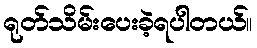
ရုတ်သိမ်းပေးခဲ့ရပါတယ်။